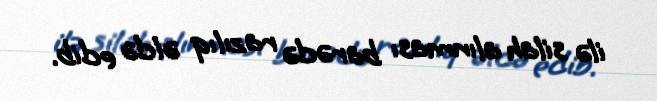
ilə silah alınması barədə razılıq əldə edib.